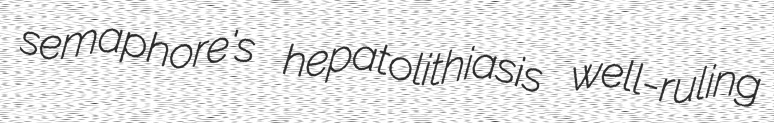
semaphore's hepatolithiasis well-ruling